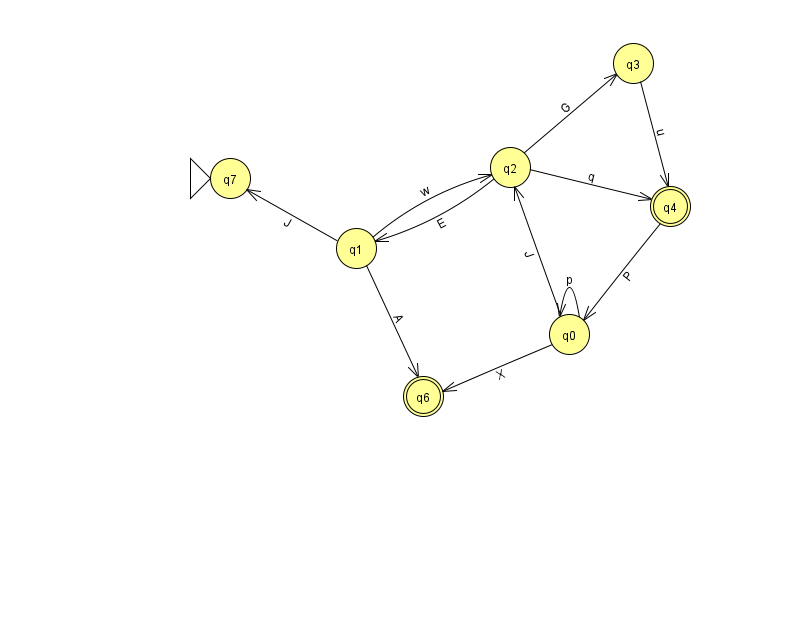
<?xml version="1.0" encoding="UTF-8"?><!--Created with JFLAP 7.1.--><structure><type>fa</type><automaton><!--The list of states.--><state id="0" name="q0"><x>569.0</x><y>321.0</y></state><state id="1" name="q1"><x>356.0</x><y>235.0</y></state><state id="2" name="q2"><x>510.0</x><y>154.0</y></state><state id="3" name="q3"><x>633.0</x><y>50.0</y></state><state id="4" name="q4"><x>670.0</x><y>193.0</y><final/></state><state id="6" name="q6"><x>423.0</x><y>383.0</y><final/></state><state id="7" name="q7"><x>230.0</x><y>165.0</y><initial/></state><!--The list of transitions.--><transition><from>0</from><to>0</to><read>p</read></transition><transition><from>2</from><to>3</to><read>G</read></transition><transition><from>1</from><to>6</to><read>A</read></transition><transition><from>0</from><to>2</to><read>J</read></transition><transition><from>2</from><to>4</to><read>q</read></transition><transition><from>3</from><to>4</to><read>u</read></transition><transition><from>2</from><to>1</to><read>E</read></transition><transition><from>1</from><to>2</to><read>w</read></transition><transition><from>4</from><to>0</to><read>P</read></transition><transition><from>0</from><to>6</to><read>X</read></transition><transition><from>1</from><to>7</to><read>J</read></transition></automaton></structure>